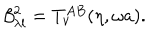
LaTeX: \beta _ { \lambda l } ^ { 2 } = T _ { \nu } ^ { A B } ( \eta , \omega a ) .